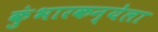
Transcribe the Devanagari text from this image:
कुंभारकन्येला